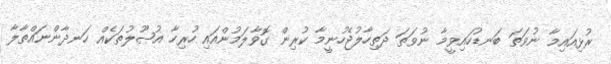
ރުޅިއައިމާ ނުވަތަ ބަނޑުހައިވީމާ ނުވަތަ ދަތިހާލުޖެހުނީމާ ކުރިން ގޮވާލަމުންއައި ހުރިހާ އުޞޫލުތަކެއް ހަނދާންނައްތާލާ